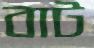
বাট